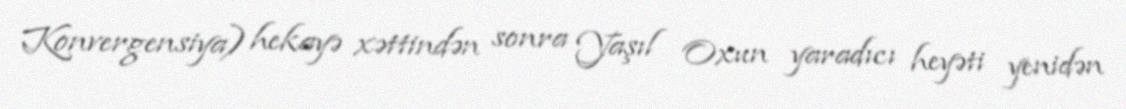
Konvergensiya) hekayə xəttindən sonra Yaşıl Oxun yaradıcı heyəti yenidən